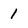
Character: 1